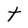
Character: t